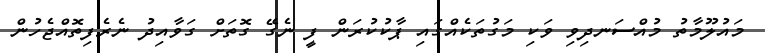
މައުލޫމާތު މުއްސަނދިވި ވަކި މަގުތަކެއްގައި ޕާކުކުރަން ފީ ނެގޭ ގޮތަށް ގަވާއިދު ނެރެފިތޮއްޖެހުން